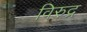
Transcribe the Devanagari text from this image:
विरुद्र